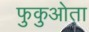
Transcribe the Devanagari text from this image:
फुकुओता